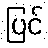
ပြင်